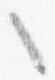
之